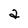
Character: a